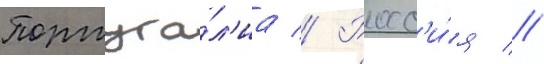
Португа́л'иа // Росс'и́я //